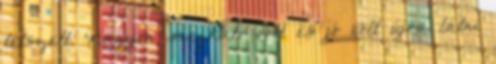
tetszett. Nagyon megható volt és jó volt újra látni